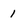
Character: 1